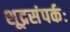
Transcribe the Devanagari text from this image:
शूद्रसंपर्कः